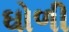
ઘોળી